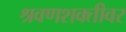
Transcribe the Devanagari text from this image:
श्रवणशक्तीवर